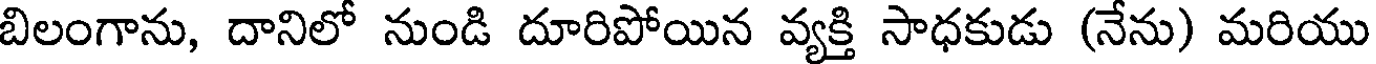
బిలంగాను, దానిలో నుండి దూరిపోయిన వ్యక్తి సాధకుడు (నేను) మరియు